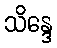
သိန္ဒေ